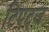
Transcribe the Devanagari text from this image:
टिएट्ज